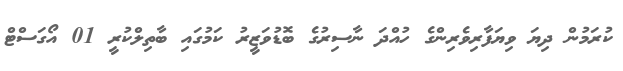
ކުރަމުން ދިޔަ ވިޔަފާރިވެރިންގެ ހުއްދަ ނާސިރުގެ ބޮޑުވަޒީރު ކަމުގައި ބާތިލްކުރީ 01 އޯގަސްޓް